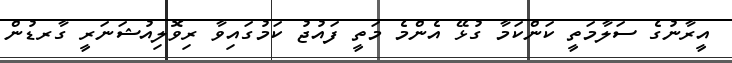
އީރާނުގެ ސަލާމަތީ ކަންކަމާ ގުޅޭ އެންމެ މަތީ ފައުޖު ކަމުގައިވާ ރިވޮލިއުޝަނަރީ ގާރޑުން